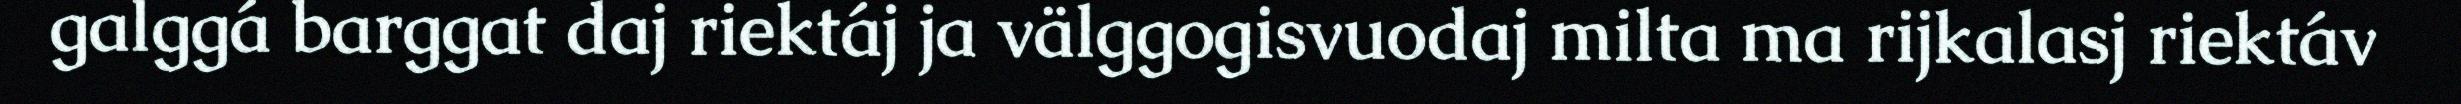
galggá barggat daj riektáj ja välggogisvuodaj milta ma rijkalasj riektáv